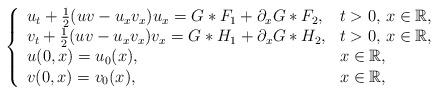
LaTeX: \begin{align*}\left\{\begin{array}{ll} u_{t}+\frac{1}{2}(uv-u_xv_x)u_{x}=G\ast F_1+\partial_xG\ast F_2,&t> 0,\,x\in\mathbb{R},\\ v_{t}+\frac{1}{2}(uv-u_xv_x)v_{x}=G\ast H_1+\partial_xG\ast H_2,&t> 0,\,x\in\mathbb{R},\\ u(0,x) = u_{0}(x),&x\in\mathbb{R},\\v(0,x) =v_{0}(x),&x\in\mathbb{R},\end{array}\right.\end{align*}